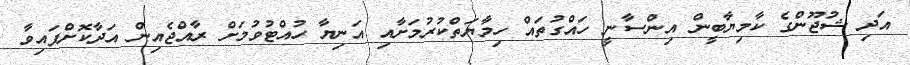
އަދި ޝުޖޫންގެ ކާމިޔާބީން އިންސާނީ ހައްގުތައް ހިމާޔަތްކުރުމަށާއި އަނިޔާ ހުއްޓުވުމަށް ރާއްޖެއިން އަދާކޮށްފައިވާ